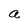
Character: a